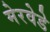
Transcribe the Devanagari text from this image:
मेरवेडे